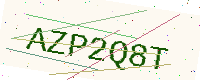
Text: AZP2Q8T